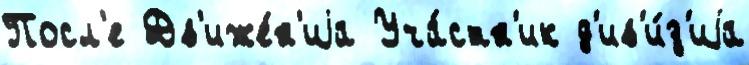
Посл'е Дв'иже́н'иjа Уча́стн'ик д'ив'и́з'иjа